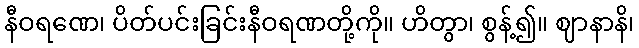
နီဝရဏေ၊ ပိတ်ပင်းခြင်းနီဝရဏတို့ကို။ ဟိတွာ၊ စွန့်၍။ ဈာနာနိ၊